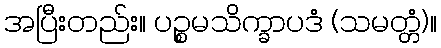
အပြီးတည်း။ ပဉ္စမသိက္ခာပဒံ (သမတ္တံ)။